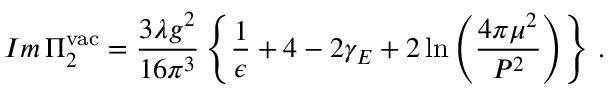
I m \, \Pi _ { 2 } ^ { \mathrm { v a c } } = \frac { 3 \lambda g ^ { 2 } } { 1 6 \pi ^ { 3 } } \left\{ \frac { 1 } { \epsilon } + 4 - 2 \gamma _ { E } + 2 \ln \left( \frac { 4 \pi \mu ^ { 2 } } { P ^ { 2 } } \right) \right\} \, .